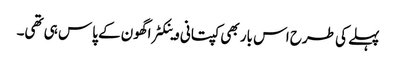
پہلے کی طرح اس بار بھی کپتانی وینکٹراگھون کے پاس ہی تھی۔